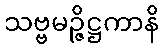
သဗ္ဗမဉ္ဇိဋ္ဌကာနိ